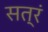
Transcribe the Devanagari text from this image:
सत्रं